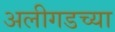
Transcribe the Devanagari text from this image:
अलीगडच्या